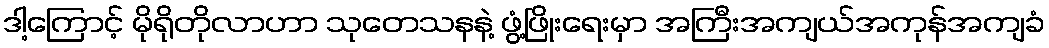
ဒါ့ကြောင့် မိုရိုတိုလာဟာ သုတေသနနဲ့ ဖွံ့ဖြိုးရေးမှာ အကြီးအကျယ်အကုန်အကျခံ